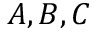
A , B , C